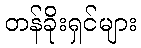
တန်ခိုးရှင်များ